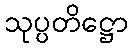
သုပ္ပတိဋ္ဌော